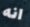
انه